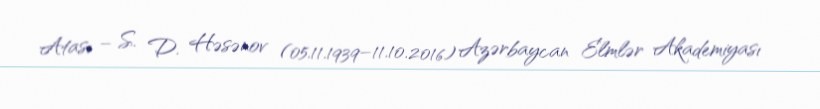
Atası – S. D. Həsənov (05.11.1939–11.10.2016) Azərbaycan Elmlər Akademiyası